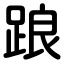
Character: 踉